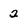
Character: 2